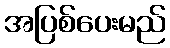
အပြစ်ပေးမည်